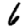
Digit: 6